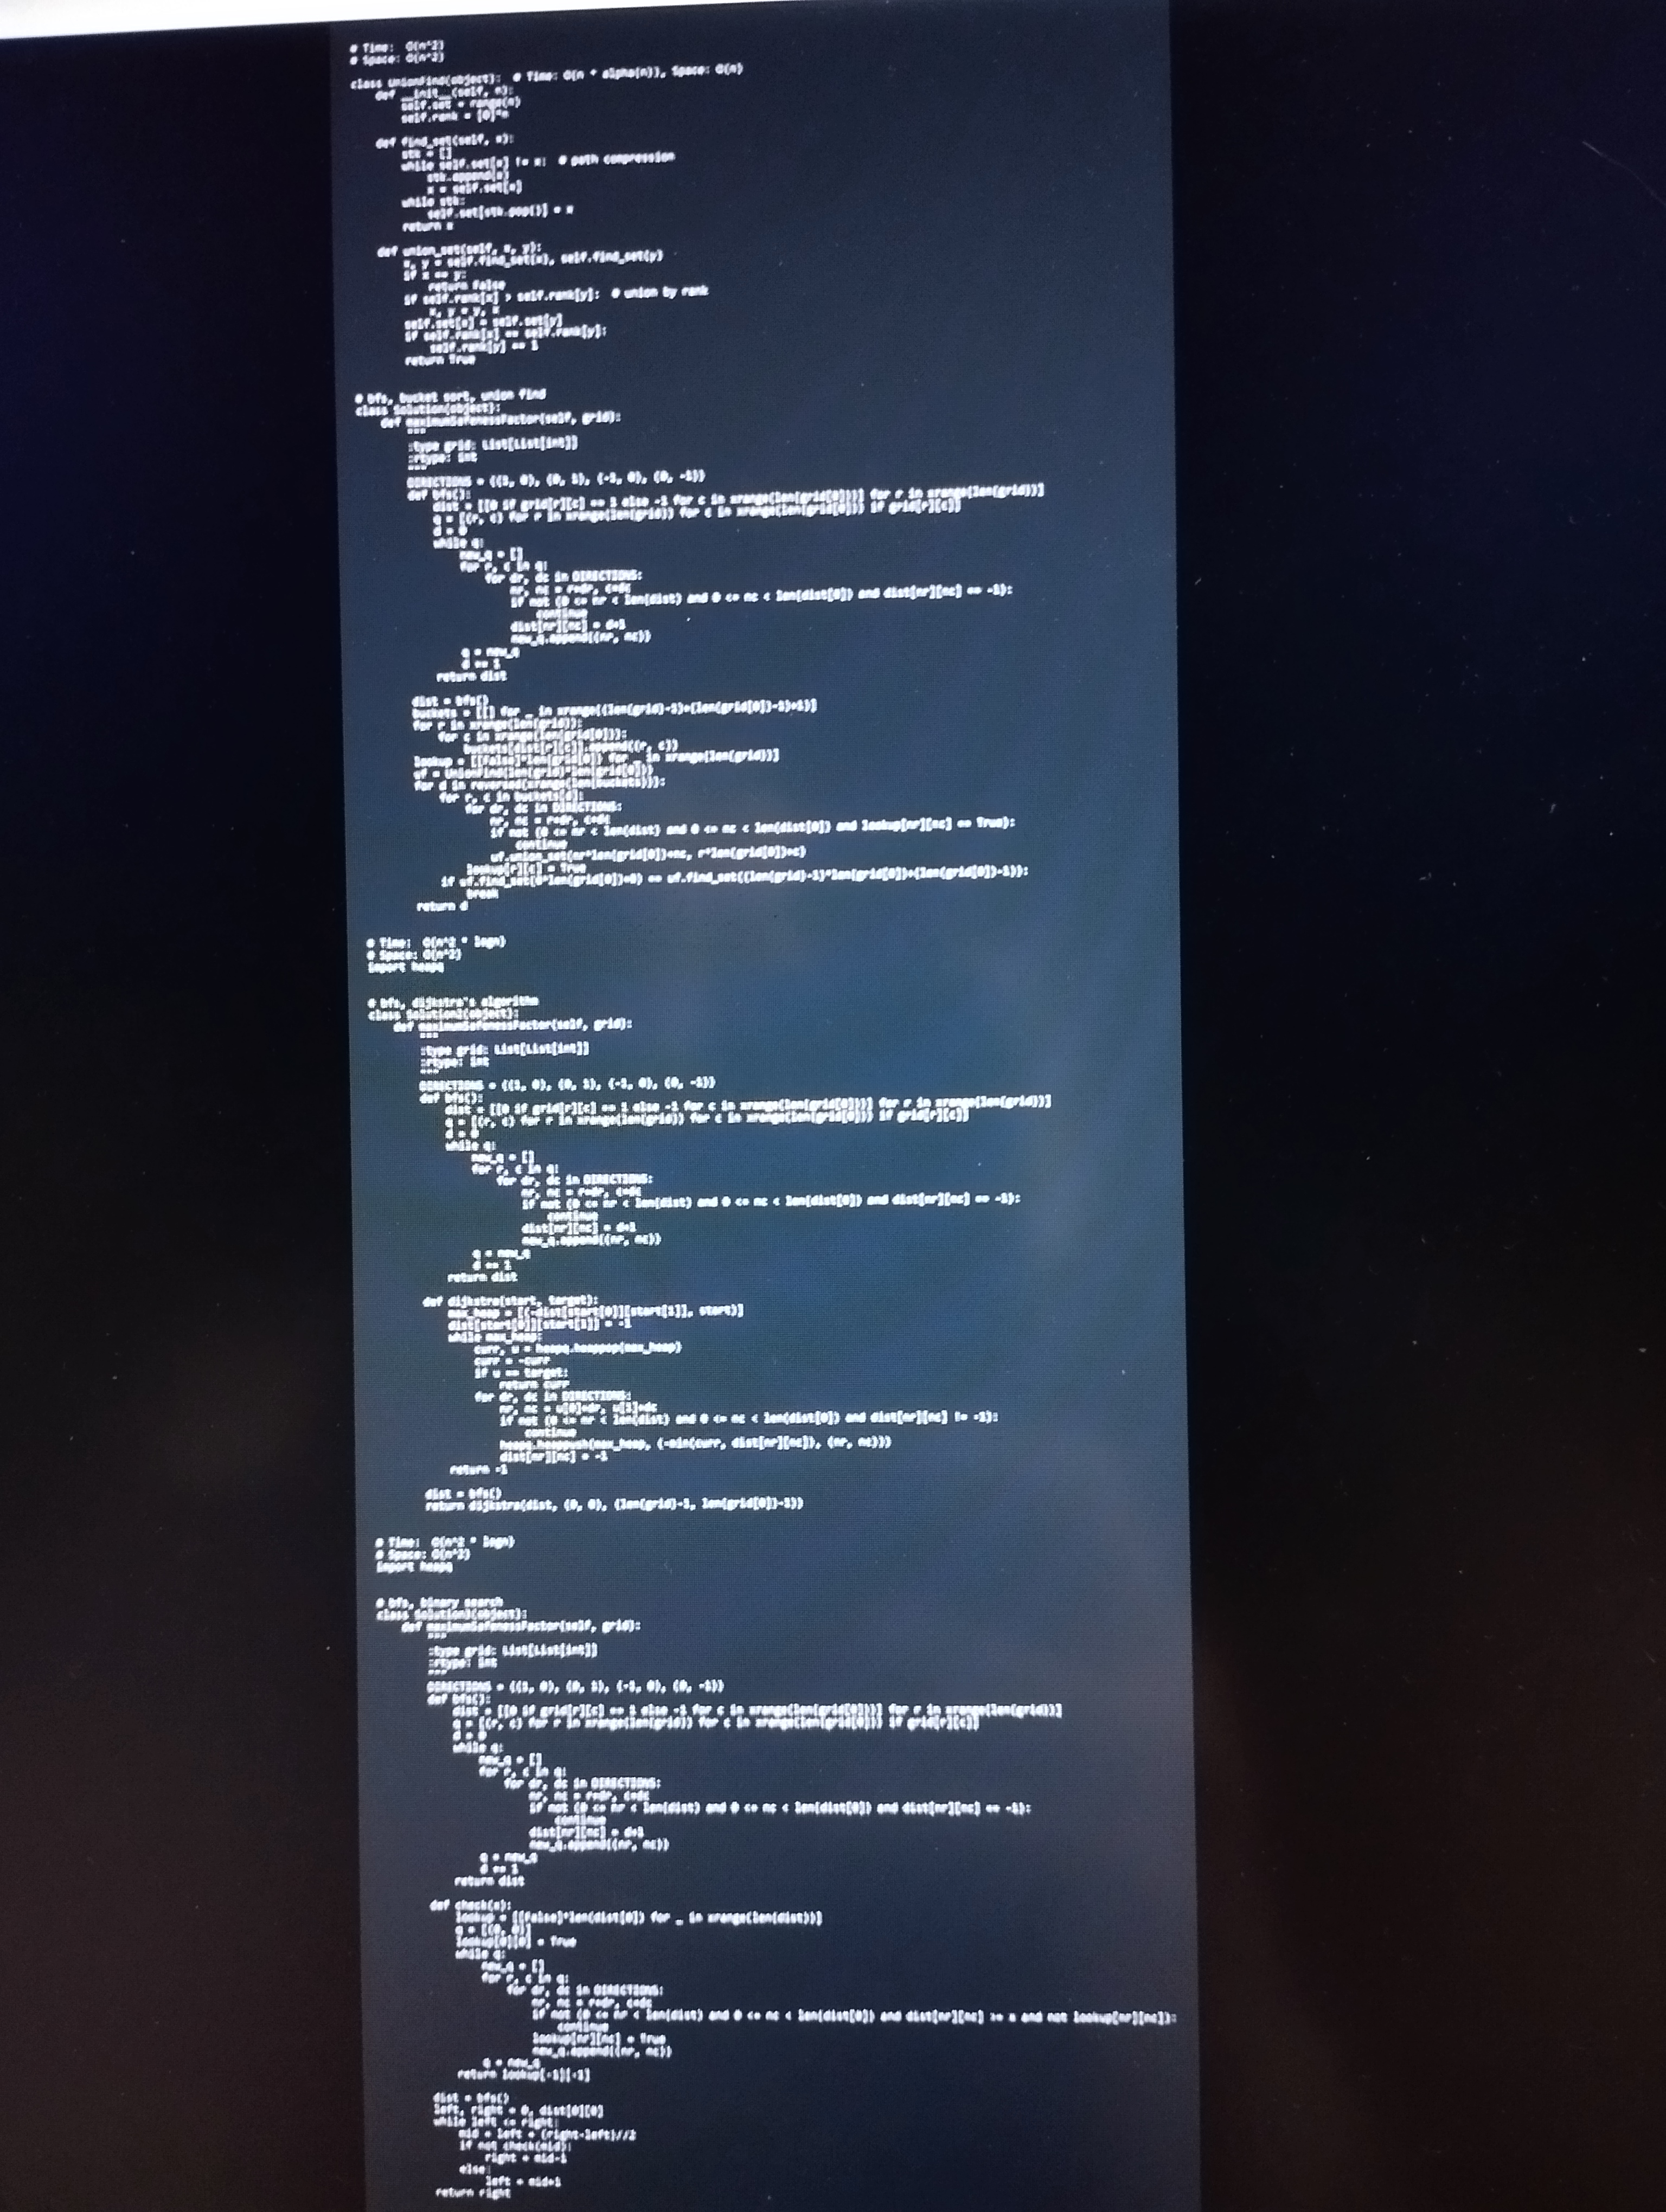
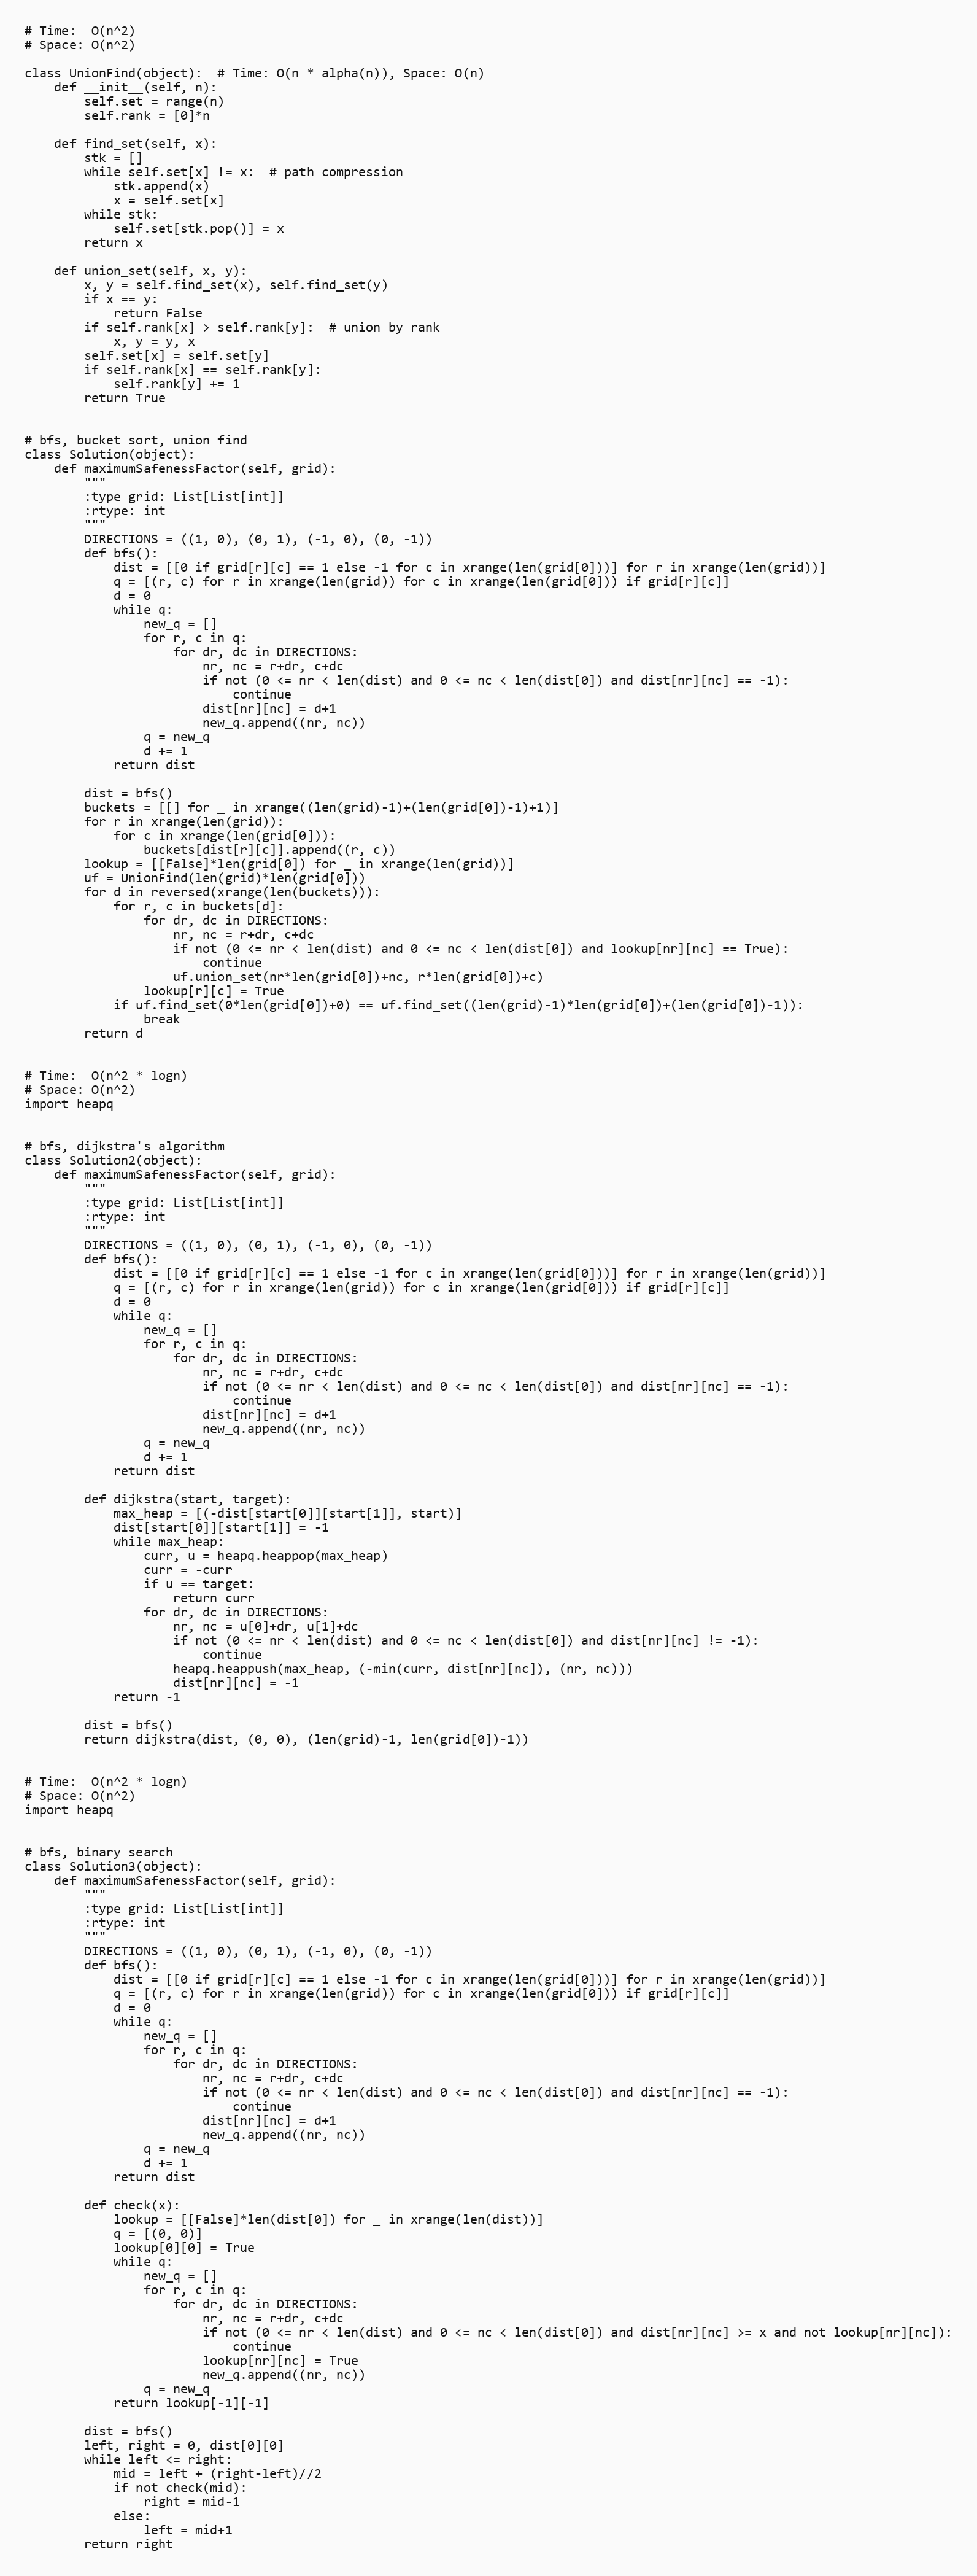
# Time:  O(n^2)
# Space: O(n^2)

class UnionFind(object):  # Time: O(n * alpha(n)), Space: O(n)
    def __init__(self, n):
        self.set = range(n)
        self.rank = [0]*n

    def find_set(self, x):
        stk = []
        while self.set[x] != x:  # path compression
            stk.append(x)
            x = self.set[x]
        while stk:
            self.set[stk.pop()] = x
        return x

    def union_set(self, x, y):
        x, y = self.find_set(x), self.find_set(y)
        if x == y:
            return False
        if self.rank[x] > self.rank[y]:  # union by rank
            x, y = y, x
        self.set[x] = self.set[y]
        if self.rank[x] == self.rank[y]:
            self.rank[y] += 1
        return True

# bfs, bucket sort, union find
class Solution(object):
    def maximumSafenessFactor(self, grid):
        """
        :type grid: List[List[int]]
        :rtype: int
        """
        DIRECTIONS = ((1, 0), (0, 1), (-1, 0), (0, -1))
        def bfs():
            dist = [[0 if grid[r][c] == 1 else -1 for c in xrange(len(grid[0]))] for r in xrange(len(grid))]
            q = [(r, c) for r in xrange(len(grid)) for c in xrange(len(grid[0])) if grid[r][c]]
            d = 0
            while q:
                new_q = []
                for r, c in q:
                    for dr, dc in DIRECTIONS:
                        nr, nc = r+dr, c+dc
                        if not (0 <= nr < len(dist) and 0 <= nc < len(dist[0]) and dist[nr][nc] == -1):
                            continue
                        dist[nr][nc] = d+1
                        new_q.append((nr, nc))
                q = new_q
                d += 1
            return dist

        dist = bfs()
        buckets = [[] for _ in xrange((len(grid)-1)+(len(grid[0])-1)+1)]
        for r in xrange(len(grid)):
            for c in xrange(len(grid[0])):
                buckets[dist[r][c]].append((r, c))
        lookup = [[False]*len(grid[0]) for _ in xrange(len(grid))]
        uf = UnionFind(len(grid)*len(grid[0]))
        for d in reversed(xrange(len(buckets))):
            for r, c in buckets[d]:
                for dr, dc in DIRECTIONS:
                    nr, nc = r+dr, c+dc
                    if not (0 <= nr < len(dist) and 0 <= nc < len(dist[0]) and lookup[nr][nc] == True):
                        continue
                    uf.union_set(nr*len(grid[0])+nc, r*len(grid[0])+c)
                lookup[r][c] = True
            if uf.find_set(0*len(grid[0])+0) == uf.find_set((len(grid)-1)*len(grid[0])+(len(grid[0])-1)):
                break
        return d

# Time:  O(n^2 * logn)
# Space: O(n^2)
import heapq

# bfs, dijkstra's algorithm
class Solution2(object):
    def maximumSafenessFactor(self, grid):
        """
        :type grid: List[List[int]]
        :rtype: int
        """
        DIRECTIONS = ((1, 0), (0, 1), (-1, 0), (0, -1))
        def bfs():
            dist = [[0 if grid[r][c] == 1 else -1 for c in xrange(len(grid[0]))] for r in xrange(len(grid))]
            q = [(r, c) for r in xrange(len(grid)) for c in xrange(len(grid[0])) if grid[r][c]]
            d = 0
            while q:
                new_q = []
                for r, c in q:
                    for dr, dc in DIRECTIONS:
                        nr, nc = r+dr, c+dc
                        if not (0 <= nr < len(dist) and 0 <= nc < len(dist[0]) and dist[nr][nc] == -1):
                            continue
                        dist[nr][nc] = d+1
                        new_q.append((nr, nc))
                q = new_q
                d += 1
            return dist

        def dijkstra(start, target):
            max_heap = [(-dist[start[0]][start[1]], start)]
            dist[start[0]][start[1]] = -1
            while max_heap:
                curr, u = heapq.heappop(max_heap)
                curr = -curr
                if u == target:
                    return curr
                for dr, dc in DIRECTIONS:
                    nr, nc = u[0]+dr, u[1]+dc
                    if not (0 <= nr < len(dist) and 0 <= nc < len(dist[0]) and dist[nr][nc] != -1):
                        continue
                    heapq.heappush(max_heap, (-min(curr, dist[nr][nc]), (nr, nc)))
                    dist[nr][nc] = -1
            return -1

        dist = bfs()
        return dijkstra(dist, (0, 0), (len(grid)-1, len(grid[0])-1))

# Time:  O(n^2 * logn)
# Space: O(n^2)
import heapq

# bfs, binary search
class Solution3(object):
    def maximumSafenessFactor(self, grid):
        """
        :type grid: List[List[int]]
        :rtype: int
        """
        DIRECTIONS = ((1, 0), (0, 1), (-1, 0), (0, -1))
        def bfs():
            dist = [[0 if grid[r][c] == 1 else -1 for c in xrange(len(grid[0]))] for r in xrange(len(grid))]
            q = [(r, c) for r in xrange(len(grid)) for c in xrange(len(grid[0])) if grid[r][c]]
            d = 0
            while q:
                new_q = []
                for r, c in q:
                    for dr, dc in DIRECTIONS:
                        nr, nc = r+dr, c+dc
                        if not (0 <= nr < len(dist) and 0 <= nc < len(dist[0]) and dist[nr][nc] == -1):
                            continue
                        dist[nr][nc] = d+1
                        new_q.append((nr, nc))
                q = new_q
                d += 1
            return dist

        def check(x):
            lookup = [[False]*len(dist[0]) for _ in xrange(len(dist))]
            q = [(0, 0)]
            lookup[0][0] = True
            while q:
                new_q = []
                for r, c in q:
                    for dr, dc in DIRECTIONS:
                        nr, nc = r+dr, c+dc
                        if not (0 <= nr < len(dist) and 0 <= nc < len(dist[0]) and dist[nr][nc] >= x and not lookup[nr][nc]):
                            continue
                        lookup[nr][nc] = True
                        new_q.append((nr, nc))
                q = new_q
            return lookup[-1][-1]

        dist = bfs()
        left, right = 0, dist[0][0]
        while left <= right:
            mid = left + (right-left)//2
            if not check(mid):
                right = mid-1
            else:
                left = mid+1
        return right